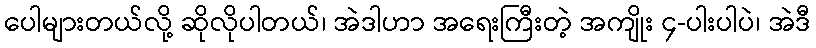
ပေါများတယ်လို့ ဆိုလိုပါတယ်၊ အဲဒါဟာ အရေးကြီးတဲ့ အကျိုး ၄-ပါးပါပဲ၊ အဲဒီ